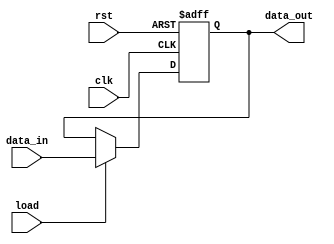
/*********************************************************
 *
 *  Module: mTimeCmp.v
 *  Project: Hunter_RV32
 *  Description: Special Register that gets reset with maximum value it can hold
 *
 *********************************************************/
`timescale 1ns/1ns

module mTimeCmp 
(    
    clk,
    rst,
    load,
    data_in, 
    data_out );

    input clk;
    input rst;
    input load;
    input   [31:0] data_in;
    output  reg [31:0] data_out;
    
    always @ (posedge clk or posedge rst) begin
    
        if(rst)
            data_out <= 32'hffffffff;
        else if (load)
                data_out <= data_in;
            else 
                data_out <= data_out;
    end

endmodule